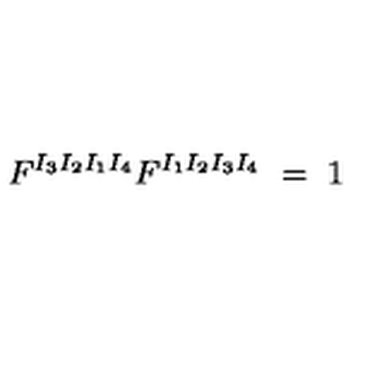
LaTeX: F ^ { I _ { 3 } I _ { 2 } I _ { 1 } I _ { 4 } } F ^ { I _ { 1 } I _ { 2 } I _ { 3 } I _ { 4 } } \ = \ 1 \